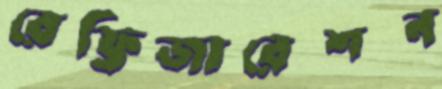
রেফ্রিজারেশন